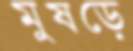
মুষড়ে